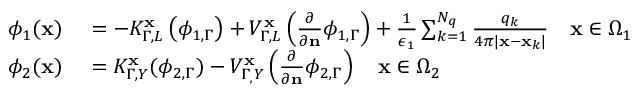
\begin{array} { r l } { \phi _ { 1 } ( \mathbf { x } ) } & { { } = - K _ { \Gamma , L } ^ { \mathbf { x } } \left( \phi _ { 1 , \Gamma } \right) + V _ { \Gamma , L } ^ { \mathbf { x } } \left( \frac { \partial } { \partial \mathbf { n } } \phi _ { 1 , \Gamma } \right) + \frac { 1 } { \epsilon _ { 1 } } \sum _ { k = 1 } ^ { N _ { q } } \frac { q _ { k } } { 4 \pi | \mathbf { x } - \mathbf { x } _ { k } | } \quad \mathbf { x } \in \Omega _ { 1 } } \\ { \phi _ { 2 } ( \mathbf { x } ) } & { { } = K _ { \Gamma , Y } ^ { \mathbf { x } } ( \phi _ { 2 , \Gamma } ) - V _ { \Gamma _ { , } Y } ^ { \mathbf { x } } \left( \frac { \partial } { \partial \mathbf { n } } \phi _ { 2 , \Gamma } \right) \quad \mathbf { x } \in \Omega _ { 2 } } \end{array}